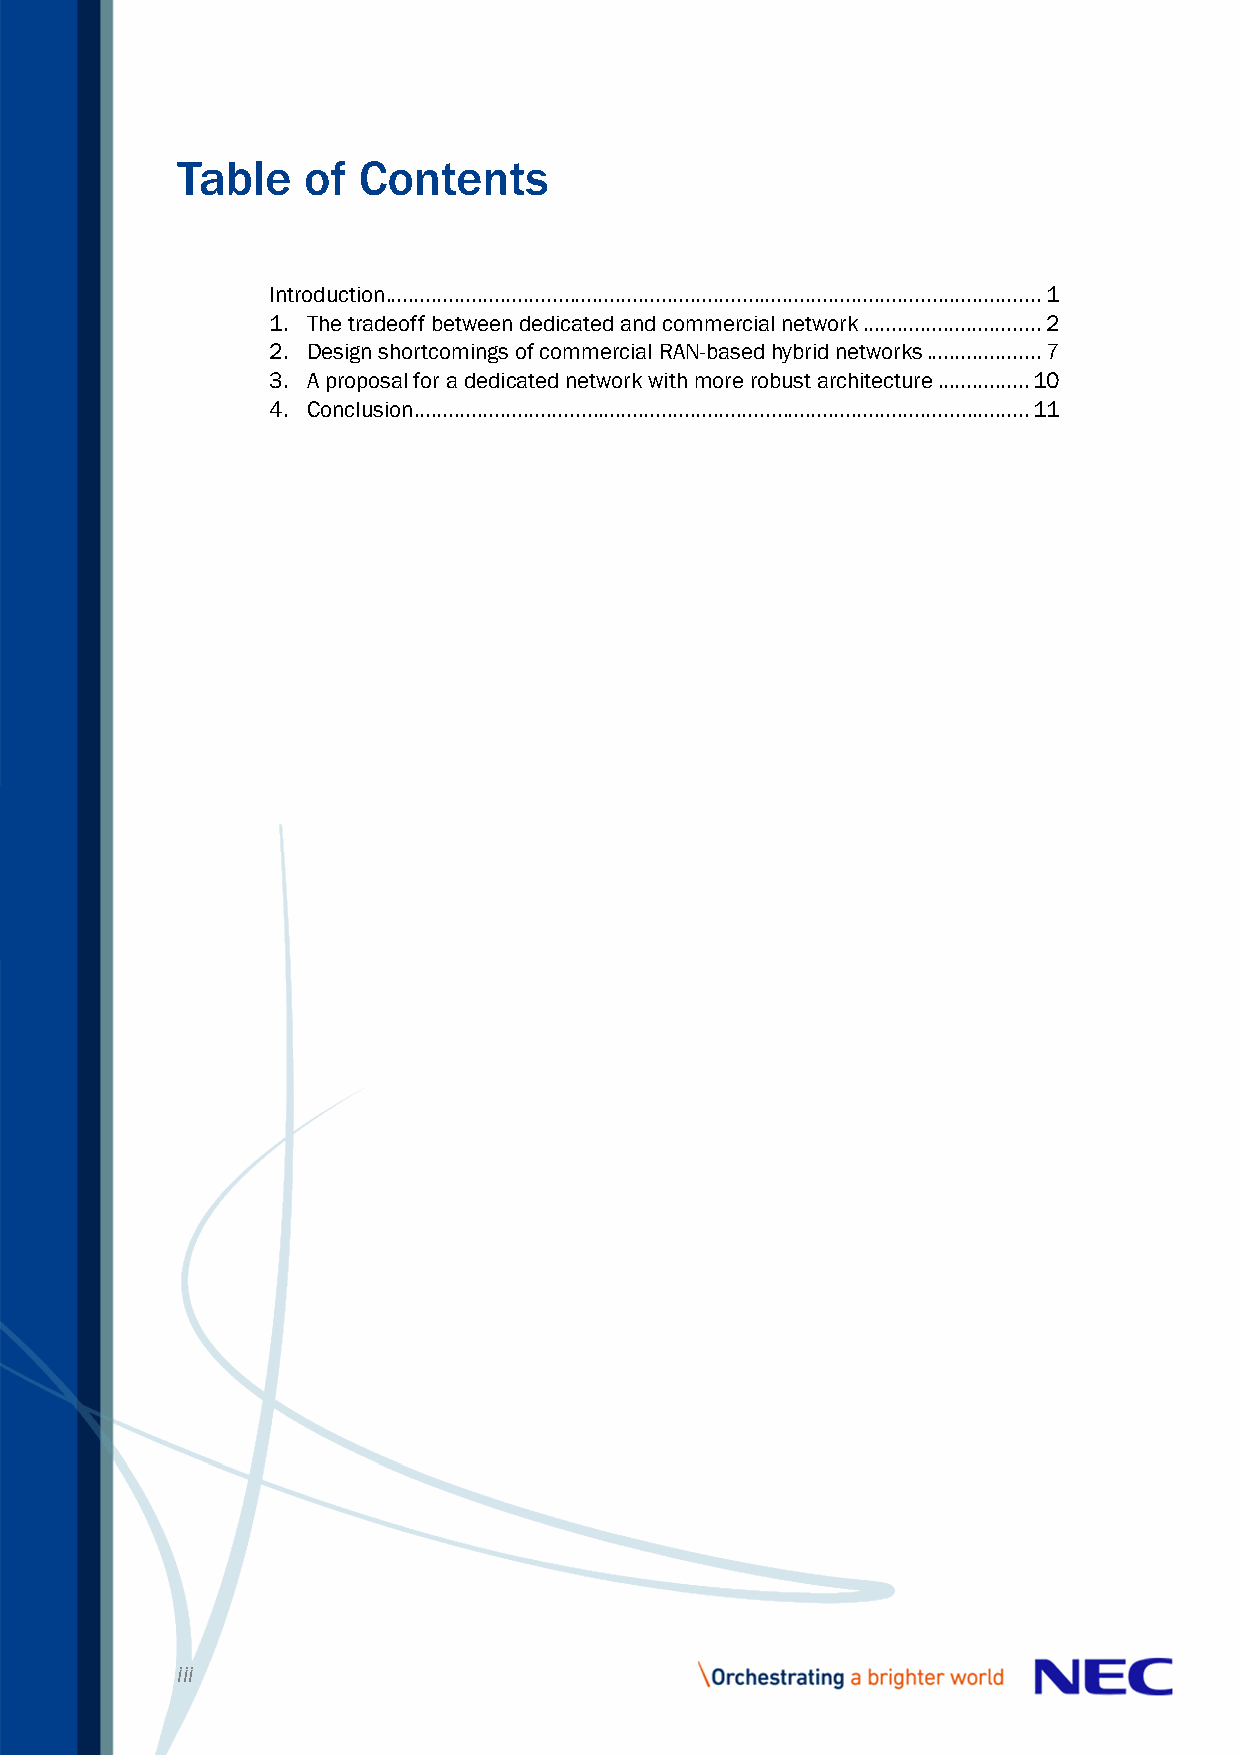
Table   of  Contents
 Introduction.................................................................................................................. 1
 1. The tradeoff between dedicated and commercial network ............................... 2
 2. Design shortcomings of commercial RAN-based hybrid networks .................... 7
 3. A proposal for a dedicated network with more robust architecture ................ 10
 4. Conclusion ........................................................................................................... 11
 iii